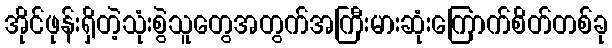
အိုင်ဖုန်းရှိတဲ့သုံးစွဲသူတွေအတွက်အကြီးမားဆုံးကြောက်စိတ်တစ်ခု